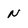
Character: n